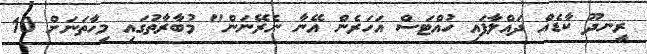
ރީނދޫ ކާޑެއް ދައްލާފައި ހުއްޓަސް އަހަރެން އޭނާ ނެރޭނަން" މުބާރާތުގައި މިހާތަނަށް 10